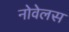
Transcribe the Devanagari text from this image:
नोवेलस